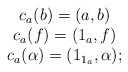
\begin{align*} \begin{array}{c} c_{a}(b) = (a,b) \\ c_{a}(f) = (1_{a}, f) \\ c_{a}(\alpha) = (1_{1_{a}}, \alpha); \end{array} \end{align*}